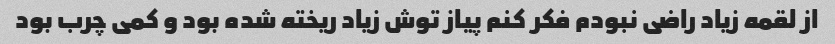
از لقمه زیاد راضی نبودم فکر کنم پیاز توش زیاد ریخته شده بود و کمی چرب بود